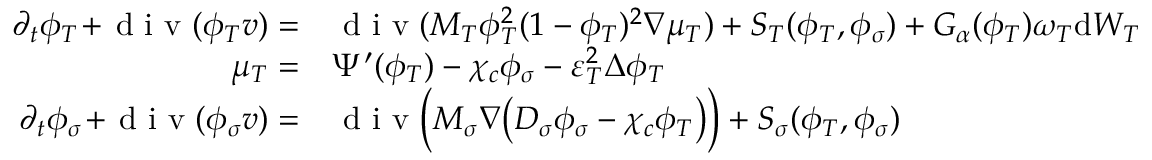
\begin{array} { r l } { \partial _ { t } \phi _ { T } \! + \! \textup { d i v } ( \phi _ { T } v ) = } & { \textup { d i v } ( M _ { T } \phi _ { T } ^ { 2 } ( 1 - \phi _ { T } ) ^ { 2 } \nabla \mu _ { T } ) + S _ { T } ( \phi _ { T } , \phi _ { \sigma } ) + G _ { \alpha } ( \phi _ { T } ) \omega _ { T } \mathrm { d } W _ { T } } \\ { \mu _ { T } = } & { \Psi ^ { \prime } ( \phi _ { T } ) - \chi _ { c } \phi _ { \sigma } - \varepsilon _ { T } ^ { 2 } \Delta \phi _ { T } } \\ { \partial _ { t } \phi _ { \sigma } \! + \! \textup { d i v } ( \phi _ { \sigma } v ) = } & { \textup { d i v } \Big ( M _ { \sigma } \nabla \big ( D _ { \sigma } \phi _ { \sigma } - \chi _ { c } \phi _ { T } \big ) \Big ) + S _ { \sigma } ( \phi _ { T } , \phi _ { \sigma } ) } \end{array}